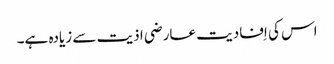
اس کی اِفادیت عارضی اذیت سے زیادہ ہے۔